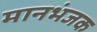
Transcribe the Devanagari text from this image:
मानभंजक